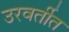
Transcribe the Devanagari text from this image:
उरवर्तीत